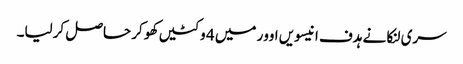
سری لنکا نے ہدف انیسویں اوور میں 4 وکٹیں کھو کر حاصل کرلیا۔